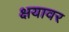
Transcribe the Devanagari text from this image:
क्षयावर